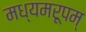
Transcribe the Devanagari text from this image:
मध्यमरूपम्